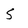
Character: 5